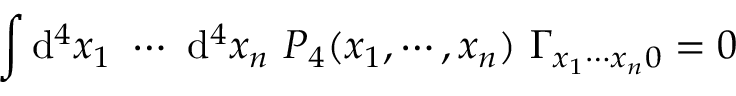
\int \mathrm { d } ^ { 4 } x _ { 1 } ~ \cdots ~ \mathrm { d } ^ { 4 } x _ { n } ~ P _ { 4 } ( x _ { 1 } , \cdots , x _ { n } ) ~ \Gamma _ { x _ { 1 } \cdots x _ { n } 0 } = 0